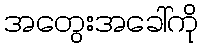
အတွေးအခေါ်ကို